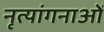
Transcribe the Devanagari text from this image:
नृत्‍यांगनाओं